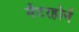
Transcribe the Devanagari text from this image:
मैटरहोर्न